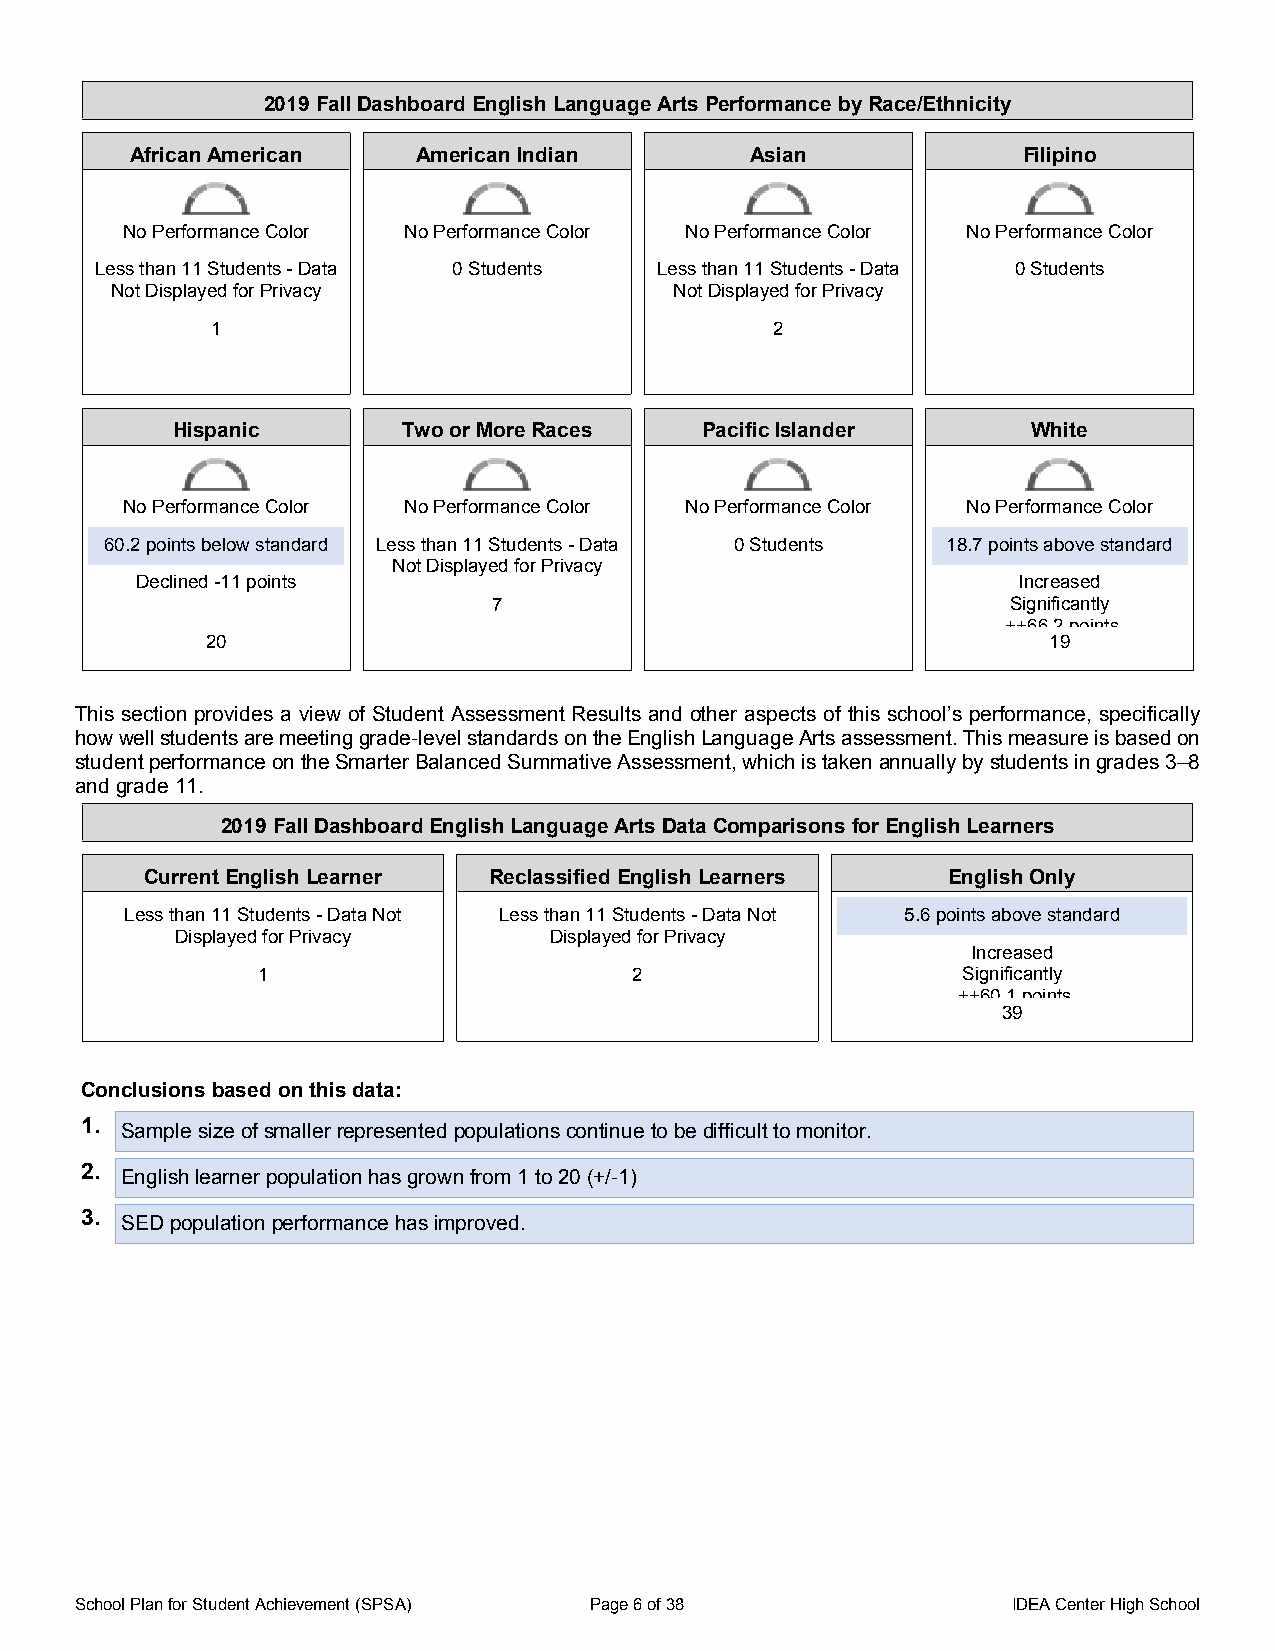
2019 Fall Dashboard English Language Arts Performance by Race/Ethnicity
 African American   American Indian       Asian             Filipino
 No Performance Color No Performance Color No Performance Color No Performance Color
 Less than 11 Students - Data 0 Students Less than 11 Students - Data 0 Students
 Not Displayed for Privacy             Not Displayed for Privacy
 1                                    2
 Hispanic        Two or More Races  Pacific Islander      White
 No Performance Color No Performance Color No Performance Color No Performance Color
 60.2 points below standard Less than 11 Students - Data 0 Students 18.7 points above standard
 Not Displayed for Privacy
 Declined -11 points                                       Increased
 7                                 Significantly
 ++66.2 points
 20                                                     19
 This section provides a view of Student Assessment Results and other aspects of this school’s performance, specifically
 how well students are meeting grade-level standards on the English Language Arts assessment. This measure is based on
 student performance on the Smarter Balanced Summative Assessment, which is taken annually by students in grades 3–8
 and grade 11.
 2019 Fall Dashboard English Language Arts Data Comparisons for English Learners
 Current English Learner Reclassified English Learners English Only
 Less than 11 Students - Data Not Less than 11 Students - Data Not 5.6 points above standard
 Displayed for Privacy   Displayed for Privacy
 Increased
 1                        2                     Significantly
 ++60.1 points
 39
 Conclusions based on this data:
 1.
 Sample size of smaller represented populations continue to be difficult to monitor.
 2. English learner population has grown from 1 to 20 (+/-1)
 3.
 SED population performance has improved.
 School Plan for Student Achievement (SPSA) Page 6 of 38       IDEA Center High School